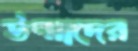
উন্মাদের